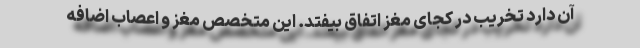
آن دارد تخریب در کجای مغز اتفاق بیفتد. این متخصص مغز و اعصاب اضافه